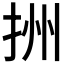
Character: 𢫧